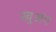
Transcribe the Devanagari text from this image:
खुअंग